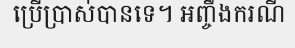
ប្រើប្រាស់បានទេ។ អញ្ចឹងករណី